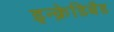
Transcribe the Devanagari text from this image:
इन्क्रेडिबैड